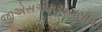
જીએસએમએસસીપી